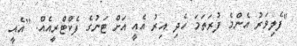
"ފެލިވަރު އެންމެ ފުރަތަމަ ހެދި އިރު އެއީ އަށް ޓަނުގެ ފެކްޓްރީއެއް. [އެއީ